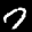
Label: 7